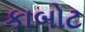
કાબોટ